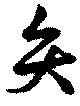
矢